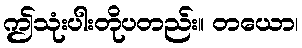
ဤသုံးပါးတိုပတည်း။ တယော၊